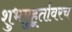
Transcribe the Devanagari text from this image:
शुभमुहूर्तावरच